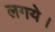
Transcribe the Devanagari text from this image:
लगये।